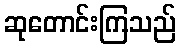
ဆုတောင်းကြသည်